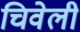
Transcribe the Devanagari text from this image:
चिवेली